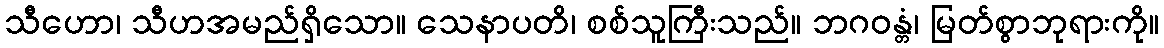
သီဟော၊ သီဟအမည်ရှိသော။ သေနာပတိ၊ စစ်သူကြီးသည်။ ဘဂဝန္တံ၊ မြတ်စွာဘုရားကို။